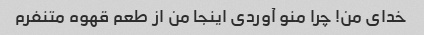
خدای من! چرا منو آوردی اینجا من از طعم قهوه متنفرم